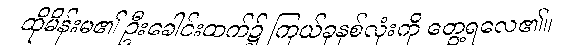
ထိုမိန်းမ၏ ဦးခေါင်းထက်၌ ကြယ်ခုနစ်လုံးကို တွေ့ရလေ၏။